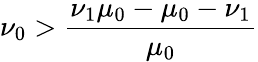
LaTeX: \nu_{0}>\frac{\nu_{1}\mu_{0}-\mu_{0}-\nu_{1}}{\mu_{0}}